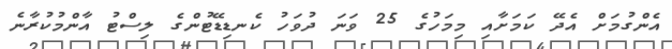
އެންގުމަށް އެދޭ ކަމަށާއި މިމަހުގެ 25 ވަނަ ދުވަހު ކެނޑިޑޭޓުންގެ ލިސްޓު އާންމުކުރާނެ